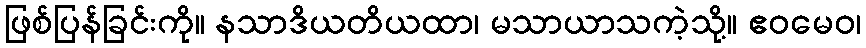
ဖြစ်ပြန်ခြင်းကို။ နသာဒိယတိယထာ၊ မသာယာသကဲ့သို့။ ဧဝမေဝ၊